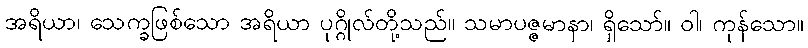
အရိယာ၊ သေက္ခဖြစ်သော အရိယာ ပုဂ္ဂိုလ်တို့သည်။ သမာပဇ္ဇမာနာ၊ ရှိသော်။ ဝါ၊ ကုန်သော။